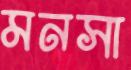
মনসা